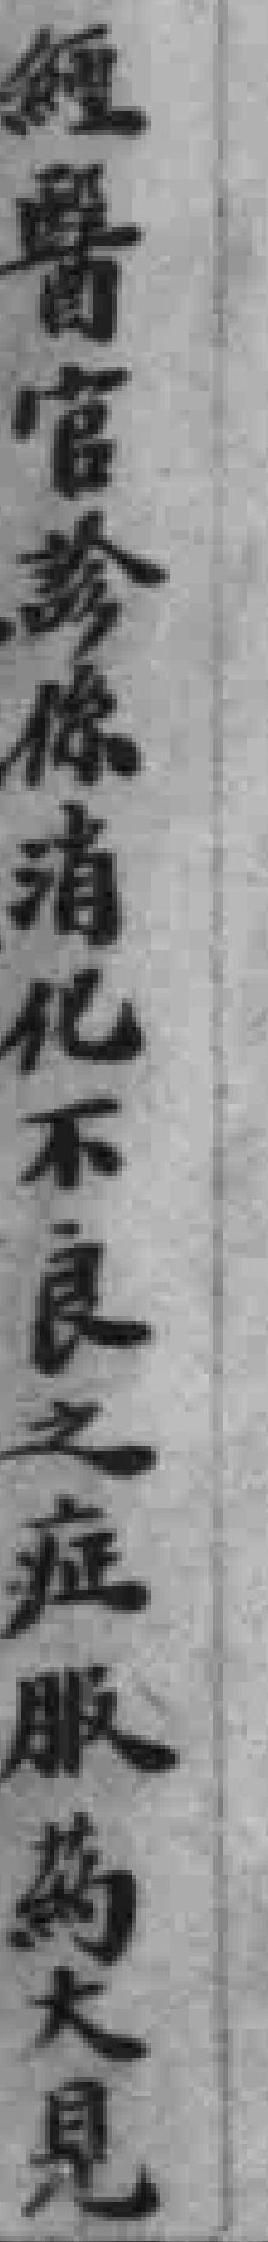
經醫官診係消化不良之症服葯大見